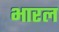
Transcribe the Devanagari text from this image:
भारल